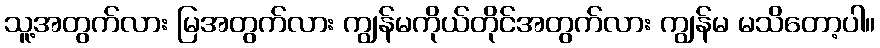
သူ့အတွက်လား မြအတွက်လား ကျွန်မကိုယ်တိုင်အတွက်လား ကျွန်မ မသိတော့ပါ။